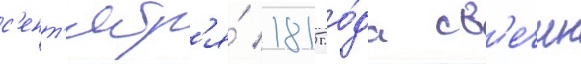
с'ент'ябр'я́ 1815 го́да св'ечин